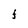
Character: f